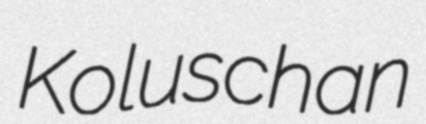
Koluschan